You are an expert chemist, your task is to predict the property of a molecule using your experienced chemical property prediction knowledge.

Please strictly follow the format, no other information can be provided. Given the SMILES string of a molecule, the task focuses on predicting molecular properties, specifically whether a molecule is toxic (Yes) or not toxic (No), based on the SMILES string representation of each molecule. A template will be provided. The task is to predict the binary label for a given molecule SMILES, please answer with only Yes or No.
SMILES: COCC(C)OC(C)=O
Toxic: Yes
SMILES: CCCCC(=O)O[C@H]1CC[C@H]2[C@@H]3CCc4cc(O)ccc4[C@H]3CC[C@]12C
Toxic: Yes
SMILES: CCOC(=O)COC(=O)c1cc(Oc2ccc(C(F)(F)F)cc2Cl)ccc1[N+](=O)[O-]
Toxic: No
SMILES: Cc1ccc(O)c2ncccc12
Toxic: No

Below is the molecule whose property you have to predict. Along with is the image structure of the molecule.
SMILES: CCC(C)(C)c1cc(-n2nc3ccccc3n2)c(O)c(C(C)(C)CC)c1
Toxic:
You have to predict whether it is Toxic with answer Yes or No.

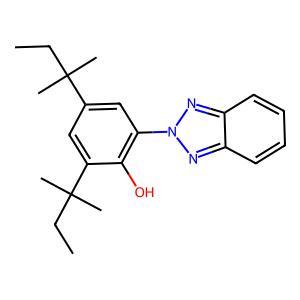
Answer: No